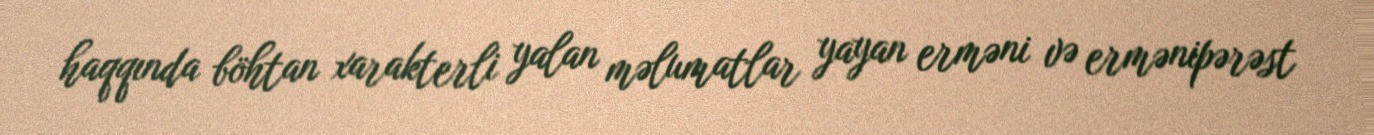
haqqında böhtan xarakterli yalan məlumatlar yayan erməni və ermənipərəst